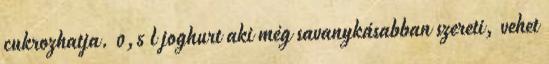
cukrozhatja. 0,5 l joghurt aki még savanykásabban szereti, vehet